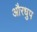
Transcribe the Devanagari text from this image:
औरधुप